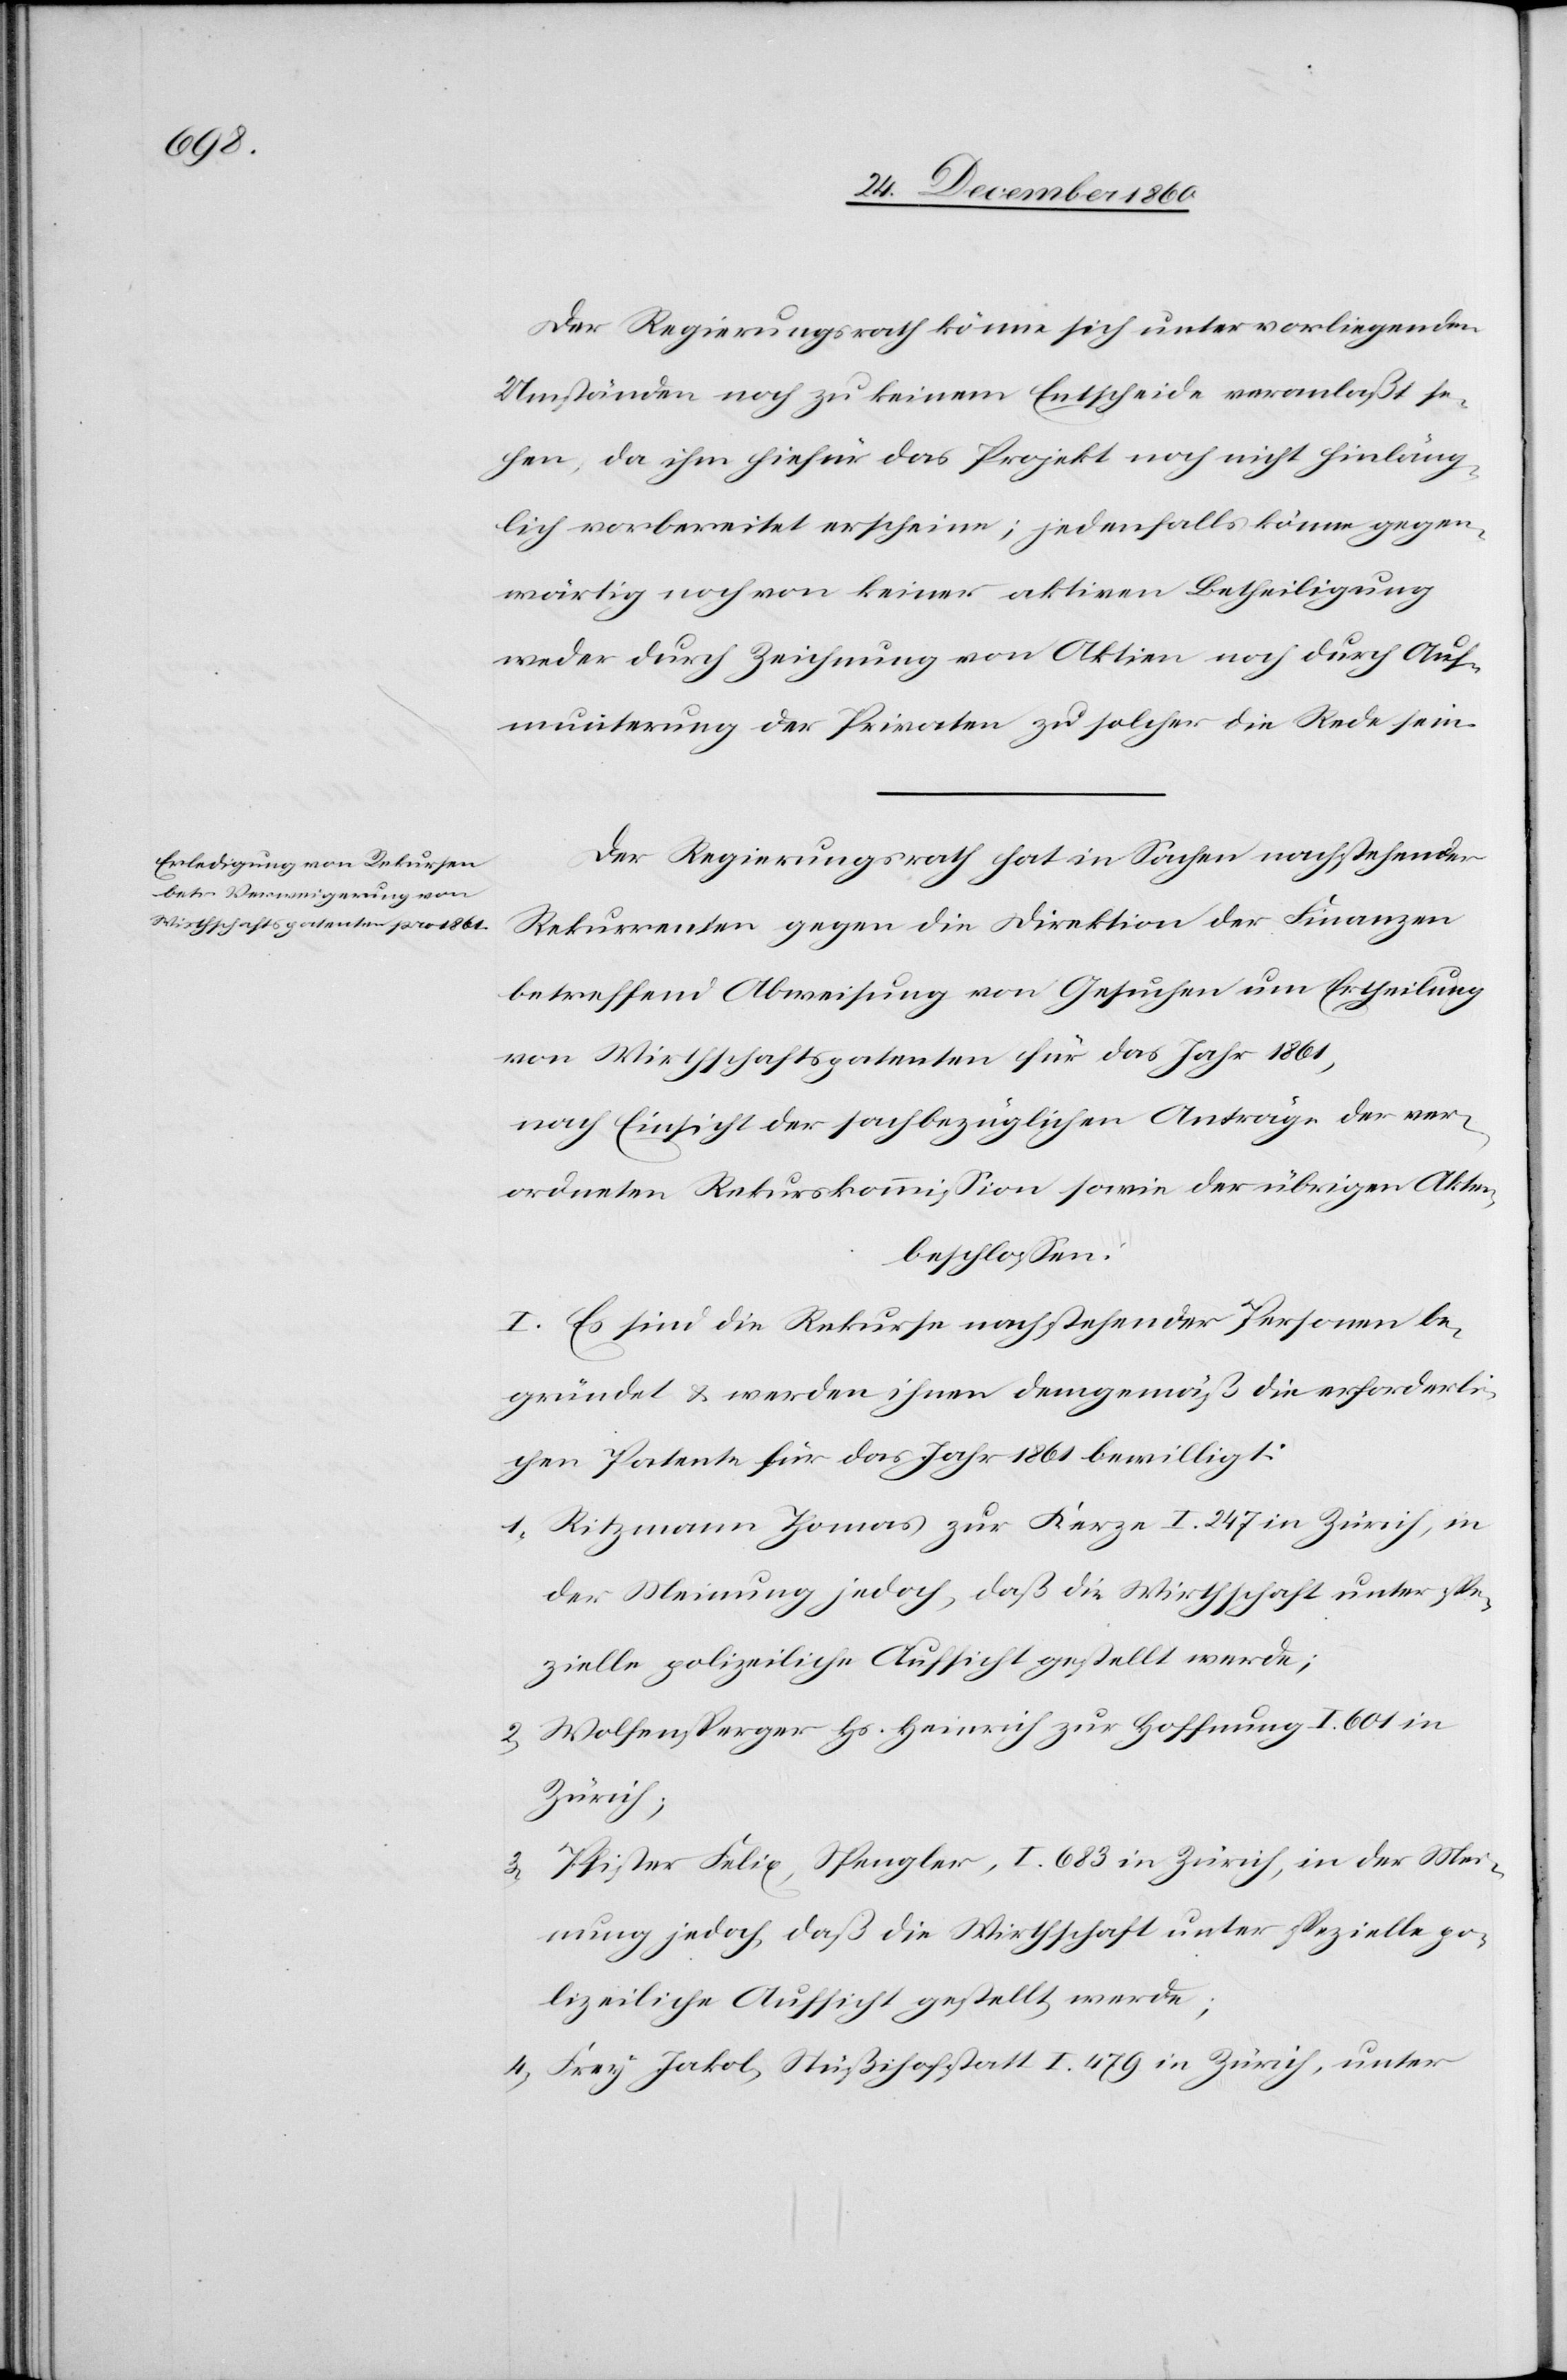
Der Regierungsrath könne sich unter vorliegenden
Umständen noch zu keinem Entscheide veranlaßt se¬
hen, da ihm hiefür das Projekt noch nicht hinläng¬
lich vorbereitet erscheine; jedenfalls könne gegen¬
wärtig noch von keiner aktiven Betheiligung
weder durch Zeichnung von Aktien noch durch Auf¬
munterung der Privaten zu solcher die Rede sein.
Der Regierungsrath hat in Sachen nachstehender
Rekurrenten gegen die Direktion der Finanzen
betreffend Abweisung von Gesuchen um Ertheilung
von Wirthschaftspatenten für das Jahr 1861,
nach Einsicht der sachbezüglichen Anträge der ver¬
ordneten Rekurskommission sowie der übrigen Akten,
beschlossen.
I. Es sind die Rekurse nachstehender Personen be¬
gründet u. werden ihnen demgemäß die erforderli¬
chen Patente für das Jahr 1861 bewilligt:
1. Ritzmann Thomas zur Kerze I. 247 in Zürich, in
der Meinung jedoch, daß die Wirthschaft unter spe¬
zielle polizeiliche Aufsicht gestellt werden;
2. Wolfensperger Hs. Heinrich zur Hoffnung I 601 in
Zürich;
3. Pfister Felix, Spengler, I. 683 in Zürich, in der Mei¬
nung jedoch, daß die Wirthschaft unter spezielle po¬
lizeiliche Aufsicht gestellt werde;
4. Frey Jakob, Stüßihofstatt I 479 in Zürich, unter